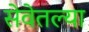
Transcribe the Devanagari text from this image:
सेवेतल्या